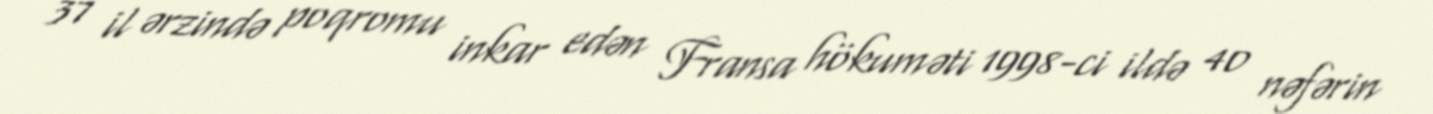
37 il ərzində poqromu inkar edən Fransa hökuməti 1998-ci ildə 40 nəfərin